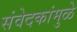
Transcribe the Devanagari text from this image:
संवेदकांमुळे